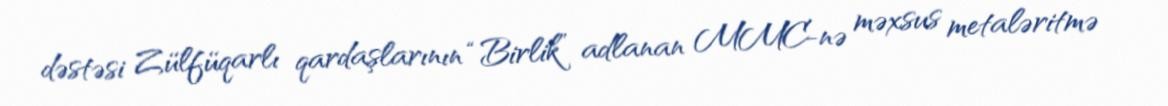
dəstəsi Zülfüqarlı qardaşlarının “Birlik” adlanan MMC-nə məxsus metaləritmə